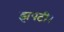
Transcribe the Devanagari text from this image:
झपटी।